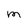
Character: M